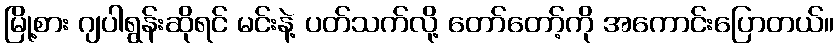
မြို့စား ဂျပါရွန်းဆိုရင် မင်းနဲ့ ပတ်သက်လို့ တော်တော့်ကို အကောင်းပြောတယ်။